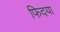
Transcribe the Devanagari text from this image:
फिदया